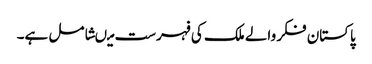
پاکستان فکر والے ملک کی فہرست میںشامل ہے۔